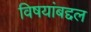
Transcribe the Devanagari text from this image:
विषयांबद्दल